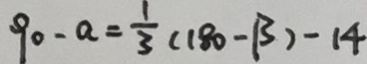
9 0 - a = \frac { 1 } { 3 } ( 1 8 0 - \beta ) - 1 4